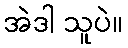
အဲဒါ သူပဲ။